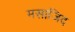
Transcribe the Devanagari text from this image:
मसाजिद